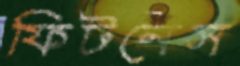
ফিটনেস